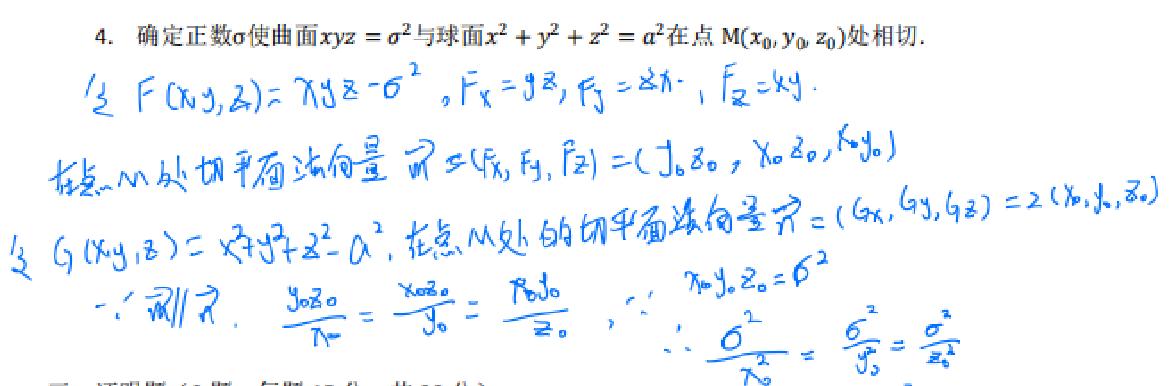
4. 确定正数\(\sigma\)使曲面\(xyz = \sigma^{2}\)与球面\(x^{2}+y^{2}+z^{2}=a^{2}\)在点\(M(x_{0},y_{0},z_{0})\)处相切.
令\(F(x,y,z)=xyz - \sigma^{2}\), \(F_{x}=yz\), \(F_{y}=zx\), \(F_{z}=xy\).
在点\(M\)处切平面法向量\(\vec{n}=(F_{x},F_{y},F_{z})=(y_{0}z_{0},x_{0}z_{0},x_{0}y_{0})\)
令\(G(x,y,z)=x^{2}+y^{2}+z^{2}-a^{2}\), 在点\(M\)处的切平面法向量\(\vec{N}=(G_{x},G_{y},G_{z}) = 2(x_{0},y_{0},z_{0})\)
\(\because\vec{n}\parallel\vec{N}\), \(\frac{y_{0}z_{0}}{x_{0}}=\frac{x_{0}z_{0}}{y_{0}}=\frac{x_{0}y_{0}}{z_{0}}\), \(\because x_{0}y_{0}z_{0}=\sigma^{2}\)
\(\therefore\frac{\sigma^{2}}{x_{0}^{2}}=\frac{\sigma^{2}}{y_{0}^{2}}=\frac{\sigma^{2}}{z_{0}^{2}}\)